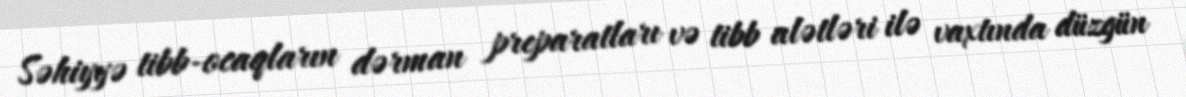
Səhiyyə tibb-ocaqların dərman preparatları və tibb alətləri ilə vaxtında düzgün